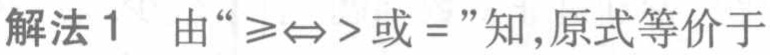
解法 1 由“$\geqslant\Leftrightarrow >$或$=$”知,原式等价于